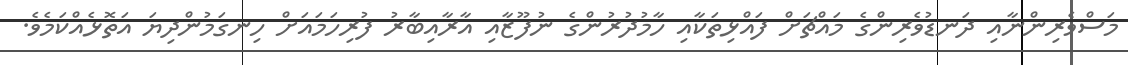
މަސްވެރިންނާއި ދަނޑުވެރިންގެ މައްޗަށް ފައްޅިތަކާއި ހާމުދުރުންގެ ނުފޫޒާއި އާރާއިބާރު ފުރިހަމައަށް ހިނގަމުންދިޔަ އަތޮޅެއްކަމެވެ.